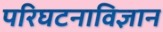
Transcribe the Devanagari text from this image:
परिघटनाविज्ञान